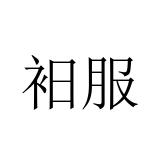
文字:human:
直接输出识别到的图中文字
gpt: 衵服